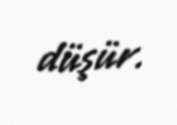
düşür.